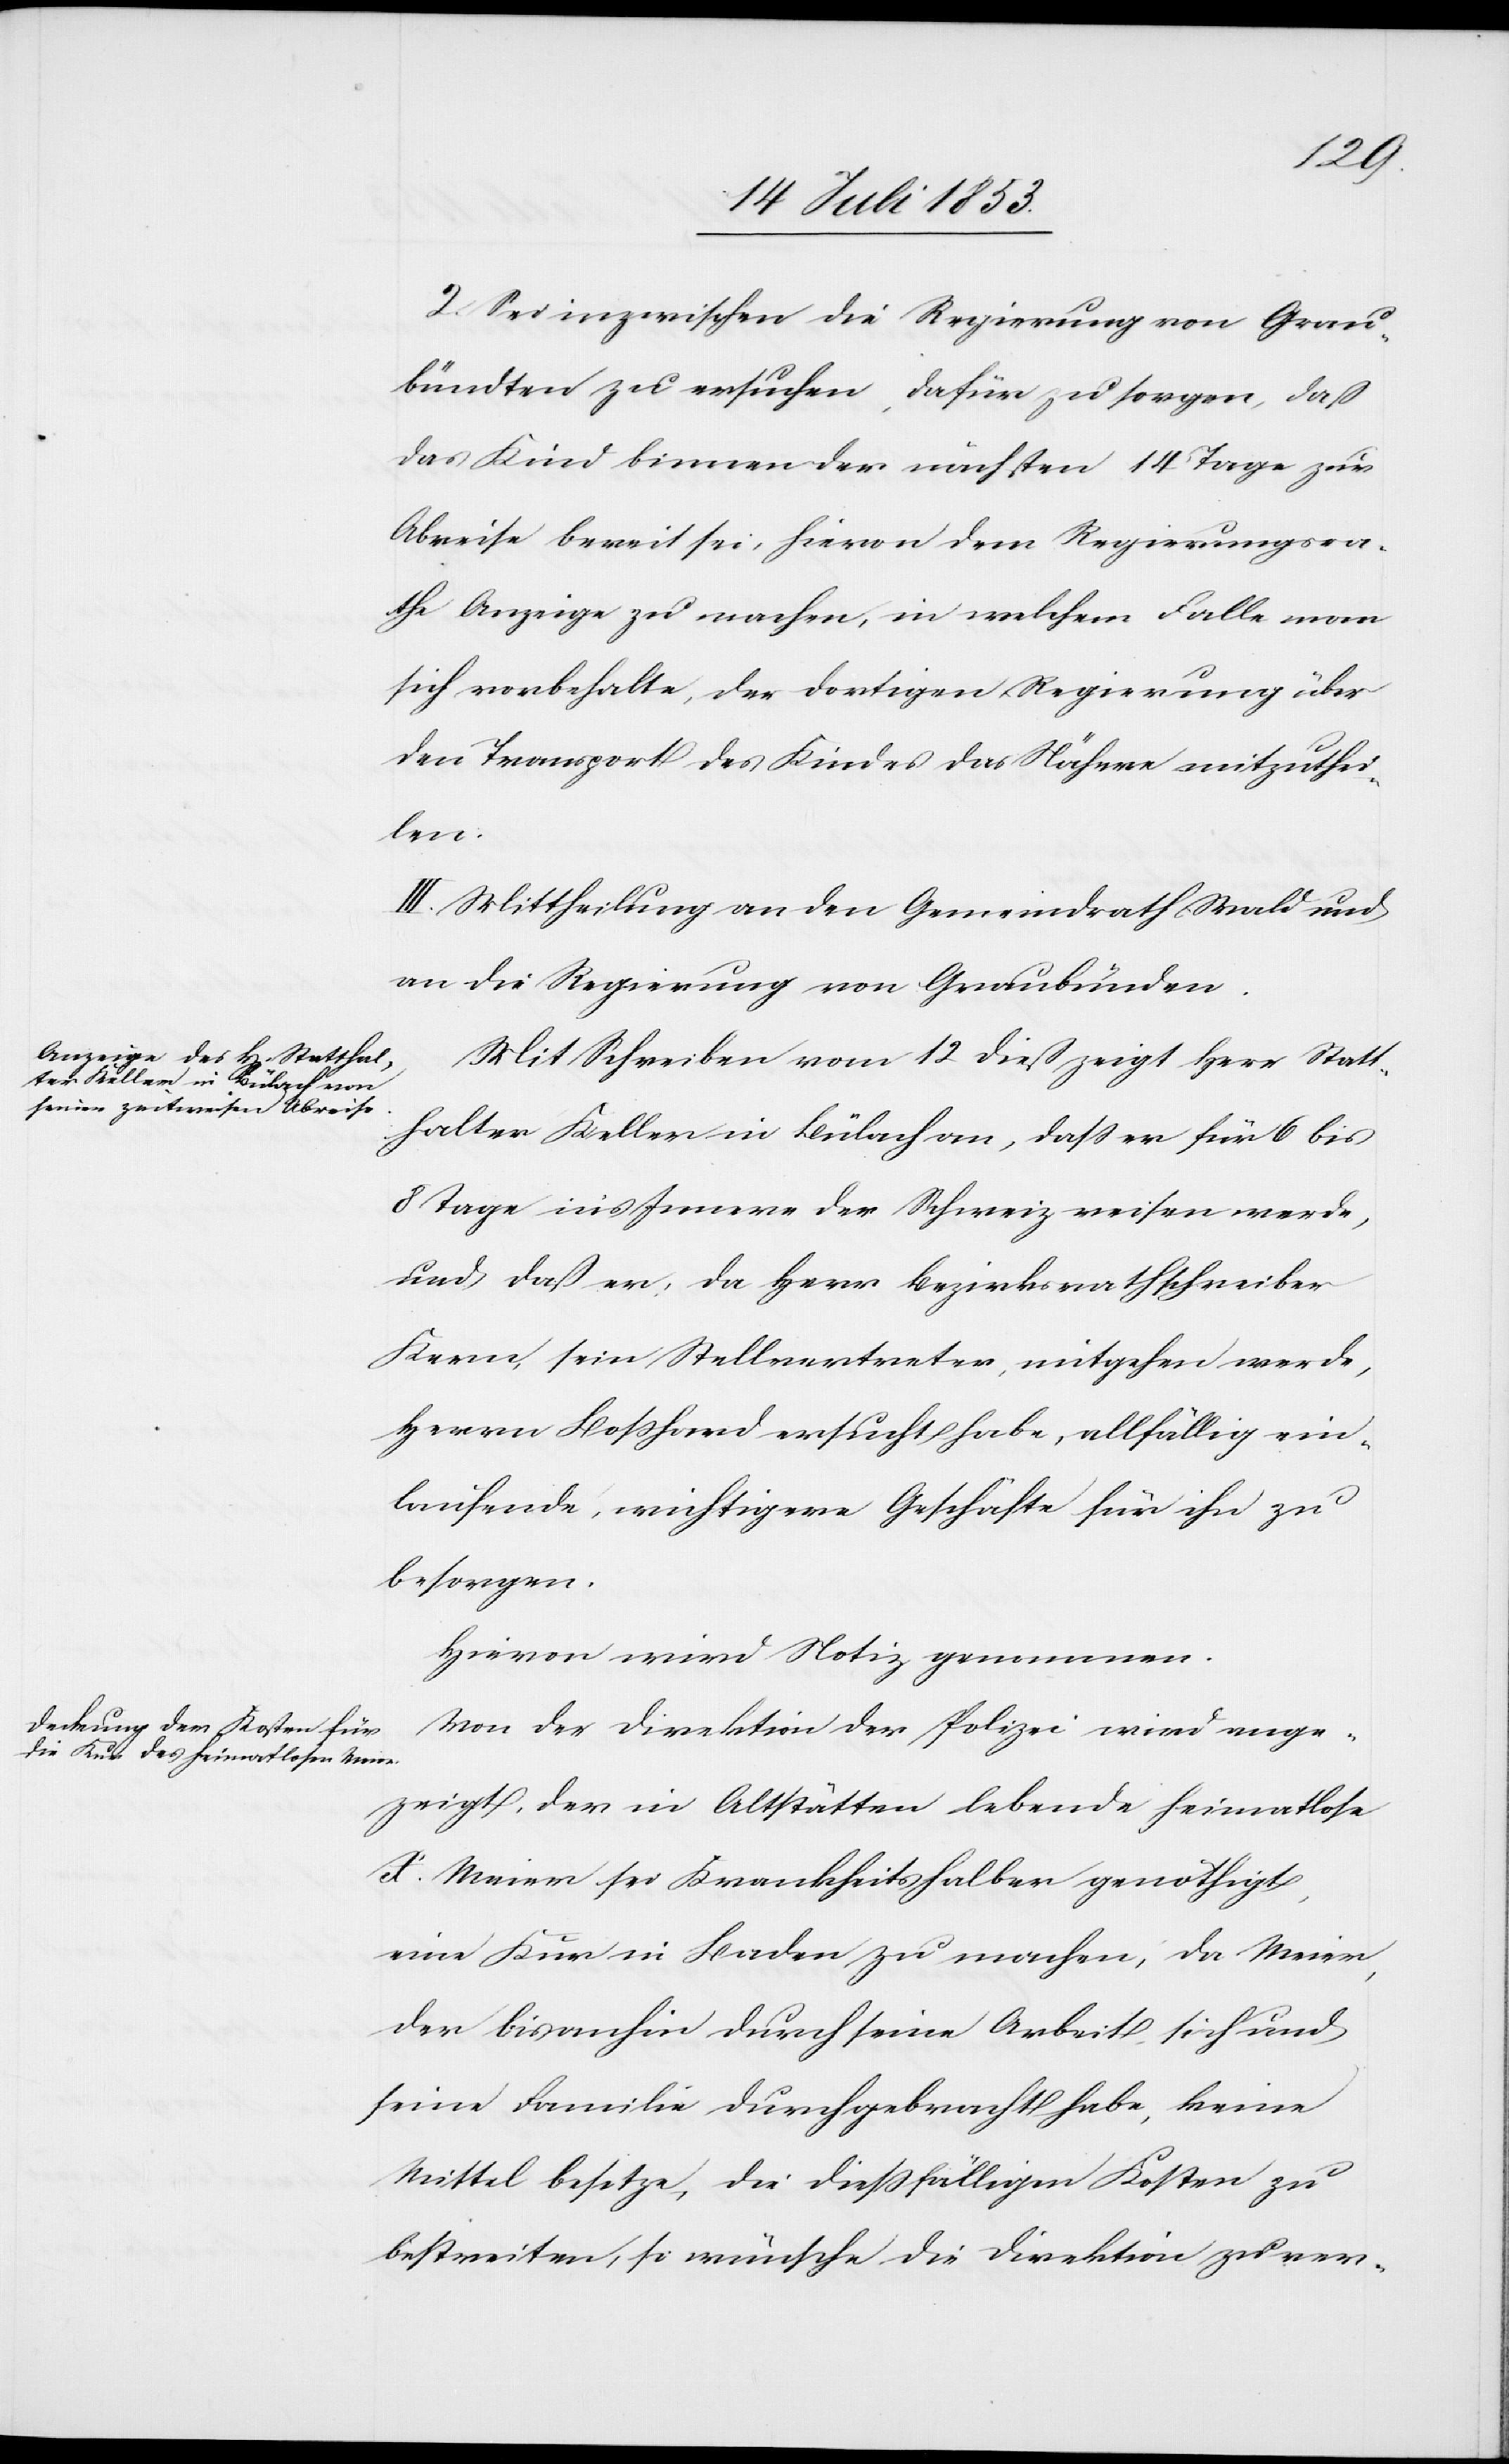
2. Sei inzwischen die Regierung von Grau¬
bündten zu ersuchen, dafür zu sorgen, daß
das Kind binnen der nächsten 14 Tage zur
Abreise bereit sei, hievon dem Regierungsra¬
the Anzeige zu machen, in welchem Falle man
sich vorbehalte, der dortigen Regierung über
den Transport des Kindes das Nähere mitzuthei¬
len.
III. Mittheilung an den Gemeindrath Wald und
an die Regierung von Graubünden.
Mit Schreiben vom 12 dieß zeigt Herr Statt¬
halter Keller in Bülach an, daß er für 6 bis
8 Tage in’s Innere der Schweiz reisen werde,
und daß er, da Herr Bezirksrathschreiber
Kern, sein Stellvertreter, mitgehen werde,
Herrn Boßhard ersucht habe, allfällig ein¬
laufende, wichtigere Geschäfte für ihn zu
besorgen.
Hievon wird Notiz genommen.
Von der Direktion der Polizei wird ange¬
zeigt, der in Altstätten lebende heimatlose
X. Meier sei Krankheitshalber genöthigt,
eine Kur in Baden zu machen, da Meier,
der bisanhin durch seine Arbeit, sich und
seine Familie durchgebracht habe, keine
Mittel besitze, die dießfälligen Kosten zu
bestreiten, so wünsche die Direktion zu ver-